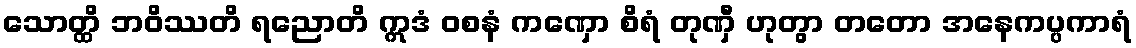
သောတ္ထိ ဘဝိဿတိ ရညောတိ ဣဒံ ဝစနံ ကဏှော စိရံ တုဏှီ ဟုတွာ တတော အနေကပ္ပကာရံ